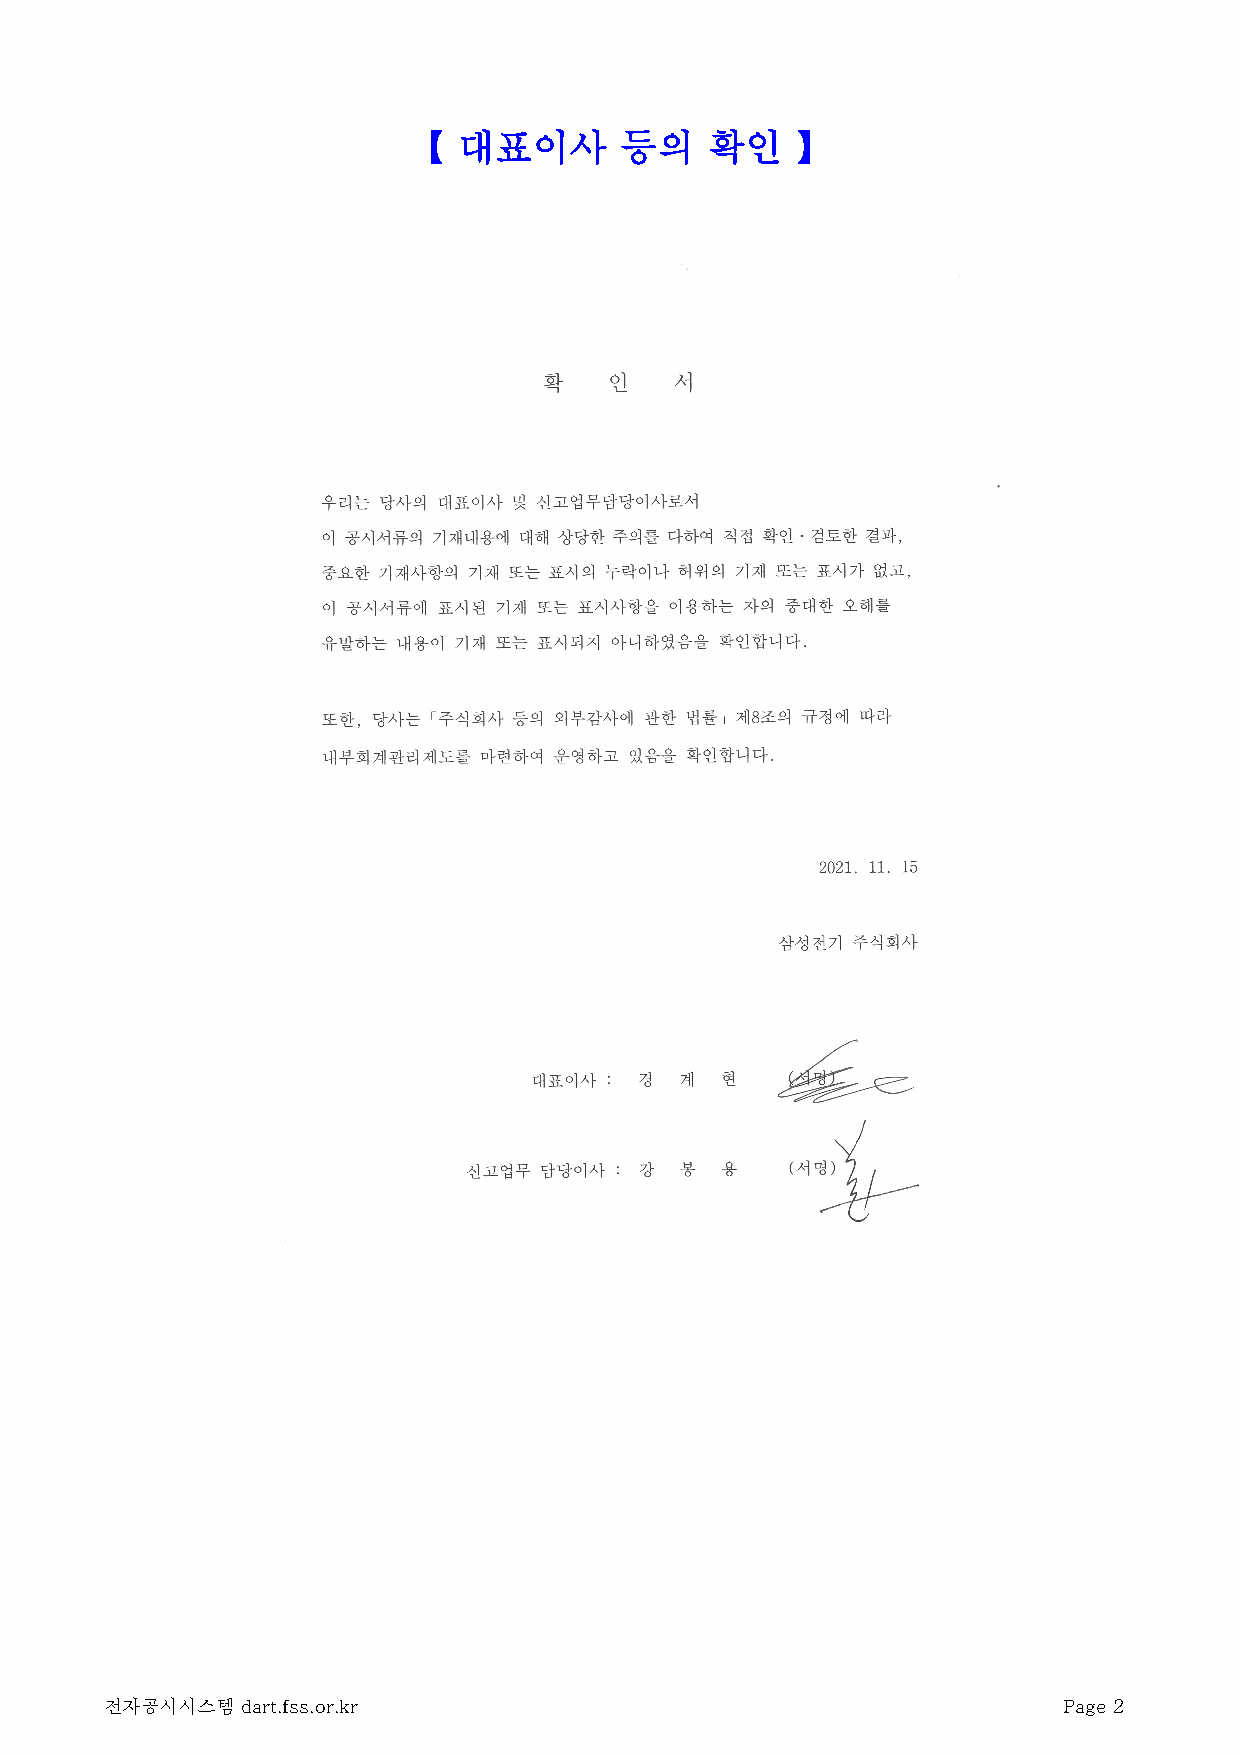
【  대표이사       등의    확인    】
 전자공시시스템  dart.fss.or.kr                                        Page 2